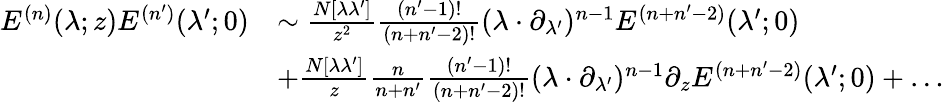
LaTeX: \begin{array}{rl}{E^{(n)}(\lambda;z)E^{(n^{\prime})}(\lambda^{\prime};0)}&{\sim\frac{N[\lambda\lambda^{\prime}]}{z^{2}}\frac{(n^{\prime}-1)!}{(n+n^{\prime}-2)!}(\lambda\cdot\partial_{\lambda^{\prime}})^{n-1}E^{(n+n^{\prime}-2)}(\lambda^{\prime};0)}\\ &{+\frac{N[\lambda\lambda^{\prime}]}{z}\frac{n}{n+n^{\prime}}\frac{(n^{\prime}-1)!}{(n+n^{\prime}-2)!}(\lambda\cdot\partial_{\lambda^{\prime}})^{n-1}\partial_{z}E^{(n+n^{\prime}-2)}(\lambda^{\prime};0)+\dots}\end{array}